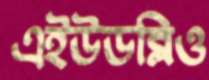
এইউডব্লিও